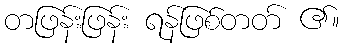
တဖြန်းဖြန်း ရန်ဖြစ်တတ် ၏။